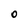
Character: O